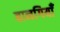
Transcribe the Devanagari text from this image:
बानगियाँ